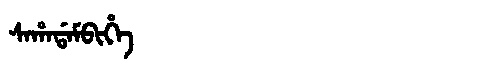
Manchu: ᠰᠠᡥᠠᡩᠠᠮᠪᡳᡥᡝ
Romanization: SAHADAMBIHE